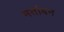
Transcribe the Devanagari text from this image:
मर्ताबन